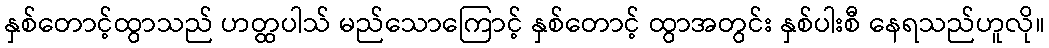
နှစ်တောင့်ထွာသည် ဟတ္ထပါသ် မည်သောကြောင့် နှစ်တောင့် ထွာအတွင်း နှစ်ပါးစီ နေရသည်ဟူလို။